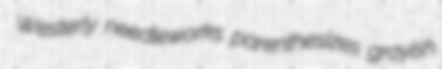
Westerly needleworks parenthesizes grayish